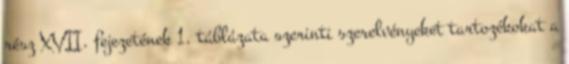
rész XVII. fejezetének 1. táblázata szerinti szerelvényeket tartozékokat a